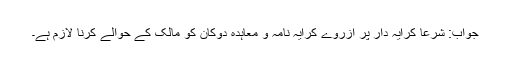
جواب: شرعاً کرایہ دار پر ازروے کرایہ نامہ و معاہدہ دوکان کو مالک کے حوالے کرنا لازم ہے۔